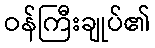
ဝန်ကြီးချုပ်၏